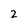
Character: 2